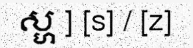
ស្ហ ] [s] / [z]